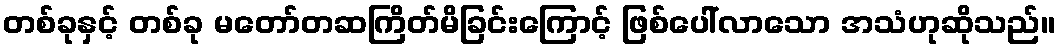
တစ်ခုနှင့် တစ်ခု မတော်တဆကြိတ်မိခြင်းကြောင့် ဖြစ်ပေါ်လာသော အသံဟုဆိုသည်။